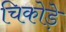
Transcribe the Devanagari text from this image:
चिकोड़े